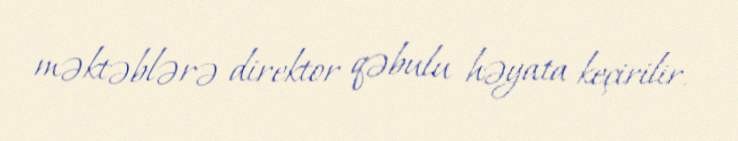
məktəblərə direktor qəbulu həyata keçirilir.